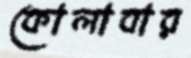
কোলাবার